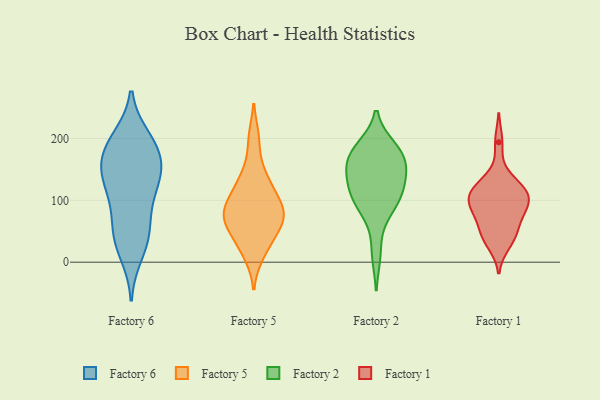
{"axis": {"x": "Customer Acquisition Cost (USD)", "y": "Value"}, "legend": ["Factory 1", "Factory 2", "Factory 5", "Factory 6"], "data": [{"x": "", "y": 136, "type": "Factory 6"}, {"x": "", "y": 195, "type": "Factory 6"}, {"x": "", "y": 105, "type": "Factory 6"}, {"x": "", "y": 14, "type": "Factory 6"}, {"x": "", "y": 41, "type": "Factory 6"}, {"x": "", "y": 135, "type": "Factory 6"}, {"x": "", "y": 169, "type": "Factory 6"}, {"x": "", "y": 189, "type": "Factory 6"}, {"x": "", "y": 89, "type": "Factory 6"}, {"x": "", "y": 135, "type": "Factory 6"}, {"x": "", "y": 171, "type": "Factory 6"}, {"x": "", "y": 43, "type": "Factory 6"}, {"x": "", "y": 151, "type": "Factory 6"}, {"x": "", "y": 50, "type": "Factory 6"}, {"x": "", "y": 200, "type": "Factory 6"}, {"x": "", "y": 75, "type": "Factory 5"}, {"x": "", "y": 12, "type": "Factory 5"}, {"x": "", "y": 80, "type": "Factory 5"}, {"x": "", "y": 142, "type": "Factory 5"}, {"x": "", "y": 65, "type": "Factory 5"}, {"x": "", "y": 75, "type": "Factory 5"}, {"x": "", "y": 49, "type": "Factory 5"}, {"x": "", "y": 200, "type": "Factory 5"}, {"x": "", "y": 34, "type": "Factory 5"}, {"x": "", "y": 102, "type": "Factory 5"}, {"x": "", "y": 129, "type": "Factory 5"}, {"x": "", "y": 98, "type": "Factory 5"}, {"x": "", "y": 116, "type": "Factory 2"}, {"x": "", "y": 162, "type": "Factory 2"}, {"x": "", "y": 78, "type": "Factory 2"}, {"x": "", "y": 179, "type": "Factory 2"}, {"x": "", "y": 98, "type": "Factory 2"}, {"x": "", "y": 183, "type": "Factory 2"}, {"x": "", "y": 14, "type": "Factory 2"}, {"x": "", "y": 97, "type": "Factory 2"}, {"x": "", "y": 116, "type": "Factory 2"}, {"x": "", "y": 126, "type": "Factory 2"}, {"x": "", "y": 155, "type": "Factory 2"}, {"x": "", "y": 146, "type": "Factory 2"}, {"x": "", "y": 185, "type": "Factory 2"}, {"x": "", "y": 161, "type": "Factory 2"}, {"x": "", "y": 130, "type": "Factory 1"}, {"x": "", "y": 73, "type": "Factory 1"}, {"x": "", "y": 108, "type": "Factory 1"}, {"x": "", "y": 29, "type": "Factory 1"}, {"x": "", "y": 99, "type": "Factory 1"}, {"x": "", "y": 50, "type": "Factory 1"}, {"x": "", "y": 103, "type": "Factory 1"}, {"x": "", "y": 42, "type": "Factory 1"}, {"x": "", "y": 114, "type": "Factory 1"}, {"x": "", "y": 194, "type": "Factory 1"}, {"x": "", "y": 97, "type": "Factory 1"}, {"x": "", "y": 113, "type": "Factory 1"}, {"x": "", "y": 82, "type": "Factory 1"}, {"x": "", "y": 129, "type": "Factory 1"}, {"x": "", "y": 79, "type": "Factory 1"}, {"x": "", "y": 42, "type": "Factory 1"}]}